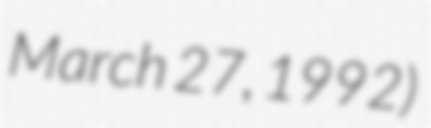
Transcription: March 27, 1992)